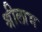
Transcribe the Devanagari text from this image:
श्रीलाभ